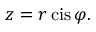
z = r \operatorname { c i s } \varphi .